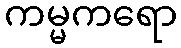
ကမ္မကရော